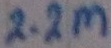
Text: 2.2M